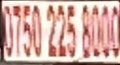
0750 225 8000